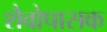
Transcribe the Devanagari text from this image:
शैवोपासक